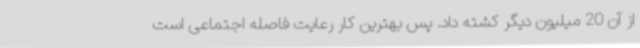
از آن 20 میلیون دیگر کشته داد. پس بهترین کار رعایت فاصله اجتماعی است